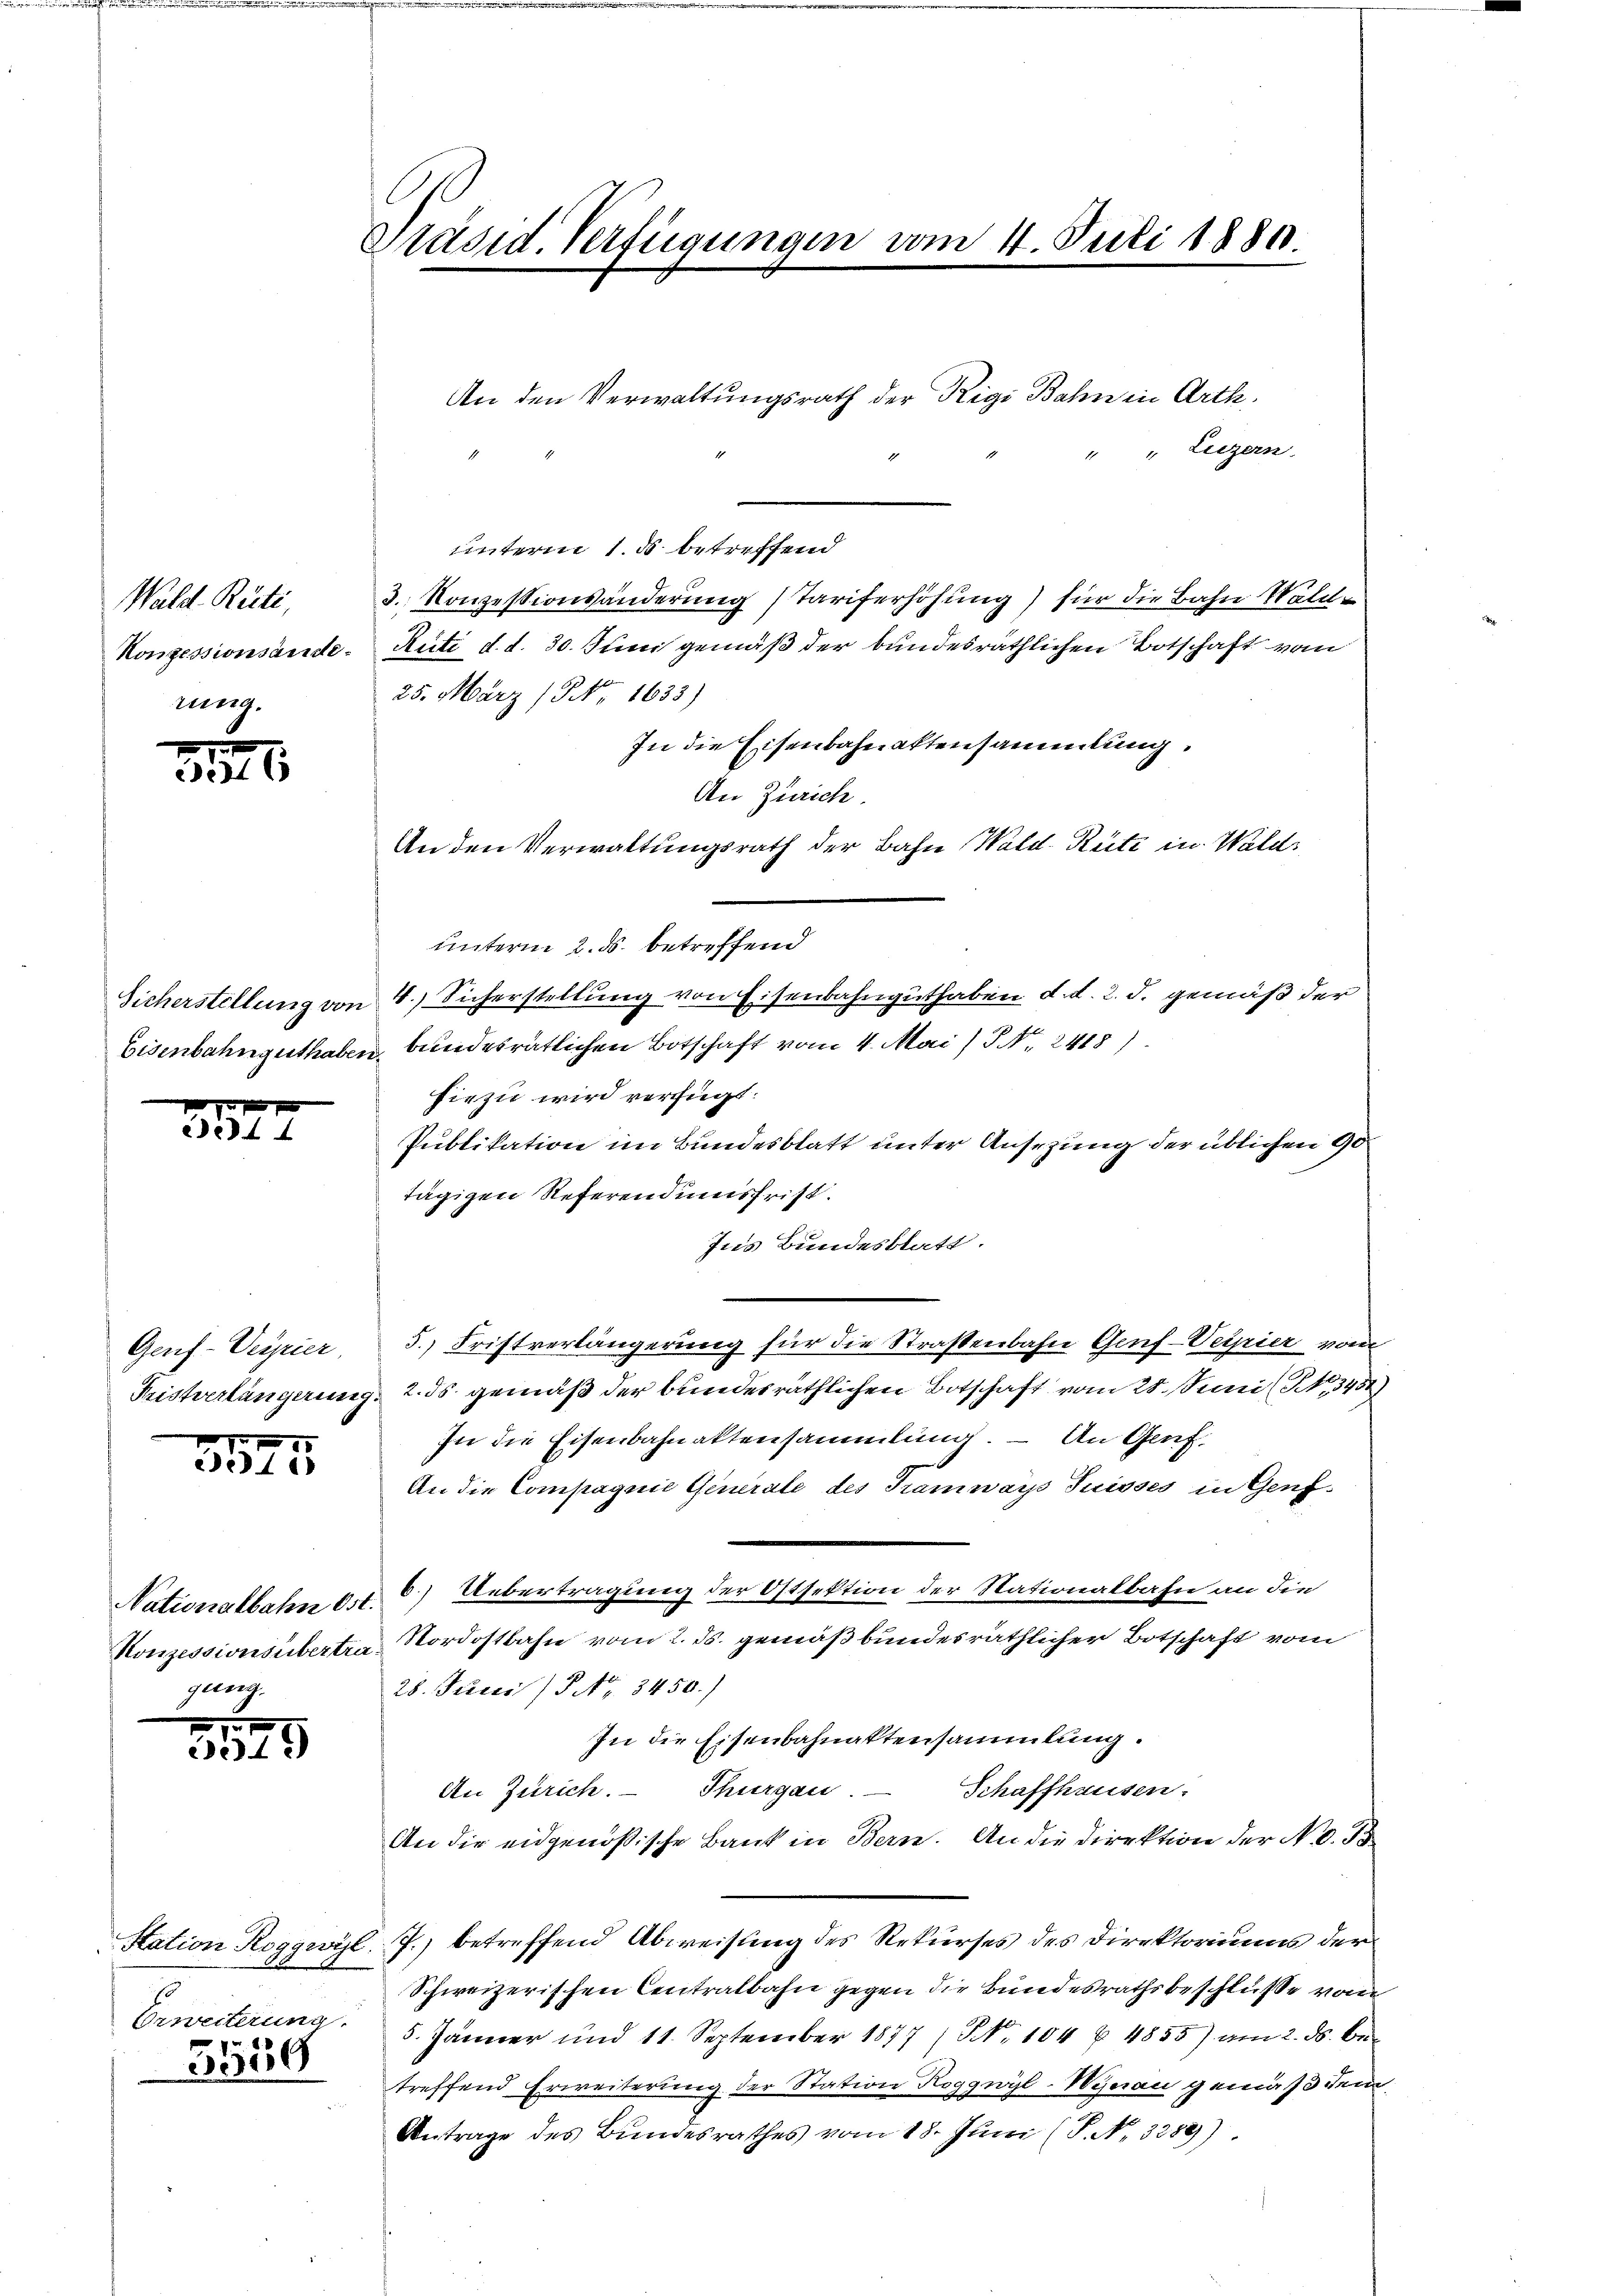
Wald. Rüti,
Konzessionsände.
rung.

3316

Sicherstellung von

3572

Genf-Verrier,

xx
.41

Nationalbahn Ost.
gung.

8529

Erweiterung.
55ug

Präsid. Verfügungen vom 4. Juli 1880.

" Liezern
unterm 1. ds betreffend
3. Konzessionsänderung (Tariferhöhung) für die Bahn Wald¬
Ruti d. d. 30. Juni gemäß der bundesräthlichen Botschaft vom
25. März (NNo. 1633)
In die Eisenbahnaktensammlung.
An Zürich.
An den Verwaltungsrath der Bahn Wald. Rüti in Wald
unterm 2. ds. betreffend
4. Sicherstellung von Eisenbahnguthaben d. d. 2. d. gemäß der
Eisenbahnguthaben bundesrätlichen Botschaft vom 4. Mai/Pr. 2418)
hiezu wird verfügt:
Publikation im Bundesblatt unter Ansezung der üblichen 90
tägigen Referendumsfrist.
Jus Bundesblatt.
5.) Fristverlängerung für die Straßenbahn Genf-Veipier von
Fristverlängerung 2. ds. gemäß der bundesräthlichen Botschaft vom 28. Juni (N, 345)
In die Eisenbahnaktensammlung. – An Genf,
An die Compagnie Generale des Tramways Suisses in Genzb.) Uebertragung der Ostsektion der Nationalbahn an die
Konzessionsübertra, Nordostbahn vom 2. ds. gemäß bundesräthlicher Botschaft vom
28. Juni / Nr. 3450.)
In die Eisenbahnaktensammlung.
Schaffhausen.
Thurgau.
An Zürich.
An die eidgenößische Bank in Bern. An die Direktion der No. 3
Station Roggwyl. J.) betreffend Abweisung des Rekurses des Direktoriums der
Schweizerischen Centralbahn gegen die Bundesrathsbeschlüsse von
5. Jänner und 11. September 1877 (Nr. 104 § 4855) am 2. ds. be
treffend Erweiterung der Station Roggwyl-Wynau gemäß dem
Antrage des Bundesrathes vom 18. Juni (P. No. 3289)

An den Verwaltungsrath der Rigi Bahn in Arth